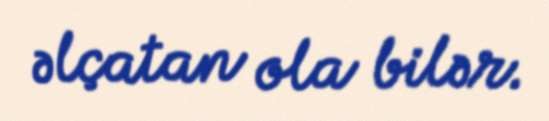
əlçatan ola bilər.